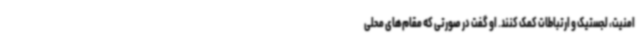
امنیت، لجستیک و ارتباطات کمک کنند. او گفت در صورتی که مقام‌های محلی